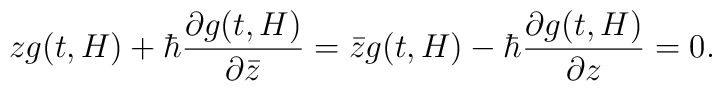
zg(t,H)+\hbar \frac{\partial g(t,H)}{\partial {\bar z}}={\bar z}g(t,H)-\hbar \frac{\partial g(t,H)}{\partial z}=0.